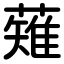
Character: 薙